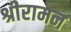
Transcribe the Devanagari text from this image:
श्रीरामन